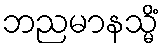
ဘညမာနသ္မိံ